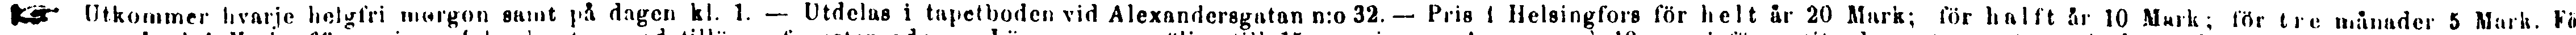
☛ Utkommer hvarje helgfri morgon samt på dagen kl. 1. — Utdelas i tapetboden vid Alexandersgatan n:o 32. — Pris i Helsingfors för helt år 20 Mark; för halft år 10 Mark; för tre månader 5 Mark. Fö